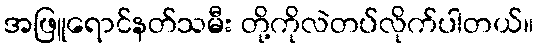
အဖြူရောင်နတ်သမီး တို့ကိုလဲတပ်လိုက်ပါတယ်။